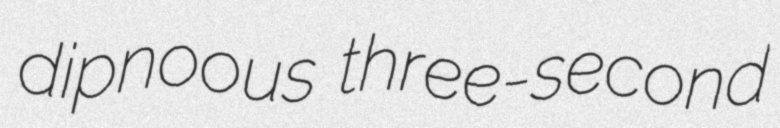
dipnoous three-second